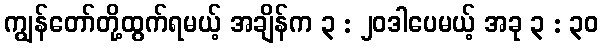
ကျွန်တော်တို့ထွက်ရမယ့် အချိန်က ၃ : ၂၀ဒါပေမယ့် အခု ၃ : ၃၀